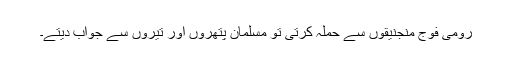
رومی فوج منجنیقوں سے حملہ کرتی تو مسلمان پتھروں اور تیروں سے جواب دیتے۔